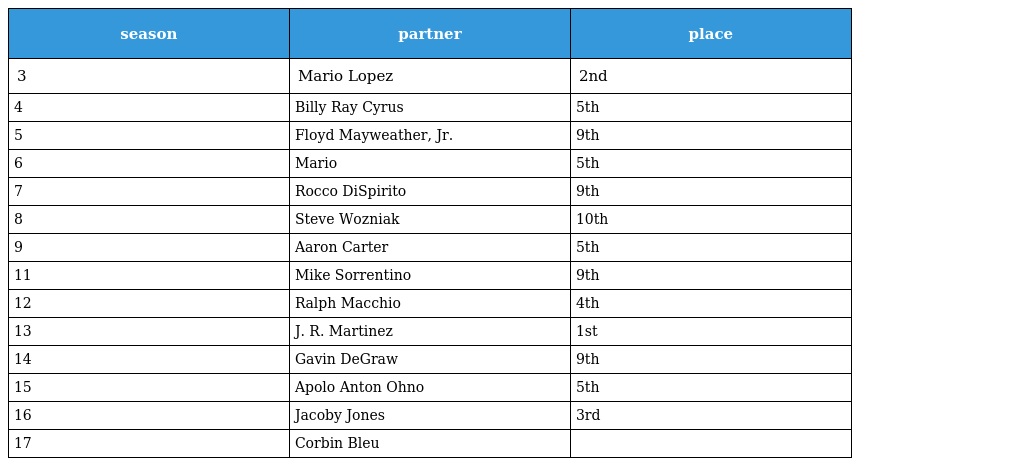
| season | partner | place |
 | --- | --- | --- |
 | 3 | Mario Lopez | 2nd |
 | 4 | Billy Ray Cyrus | 5th |
 | 5 | Floyd Mayweather, Jr. | 9th |
 | 6 | Mario | 5th |
 | 7 | Rocco DiSpirito | 9th |
 | 8 | Steve Wozniak | 10th |
 | 9 | Aaron Carter | 5th |
 | 11 | Mike Sorrentino | 9th |
 | 12 | Ralph Macchio | 4th |
 | 13 | J. R. Martinez | 1st |
 | 14 | Gavin DeGraw | 9th |
 | 15 | Apolo Anton Ohno | 5th |
 | 16 | Jacoby Jones | 3rd |
 | 17 | Corbin Bleu |  |